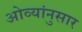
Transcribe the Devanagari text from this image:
ओव्यांनुसार